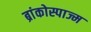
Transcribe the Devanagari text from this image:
ब्रांकोस्पाज्म